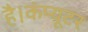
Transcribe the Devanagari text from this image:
है।कंप्यूटर